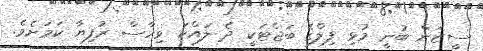
ސީޒަން ބުނީ މުޅި ފިލްގެ ބަޖެޓަކީ ދެ ލައްކަ ވިހާސް ރުފިޔާ ކަމަށެވެ.